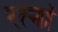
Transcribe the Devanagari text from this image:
रत्‍नां